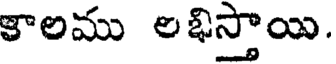
కాలము లభిస్తాయి.